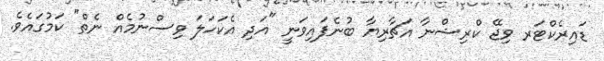
ޑައިރެކްޓަރ ވިޖޭ ކްރިޝްނާ އަޗާރިޔާ ބުނެފައިވަނީ "އަދި އެކަހަލަ ވިސްނުމެއް ނެތް" ކަމުގައެވެ.